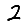
Digit: 2